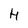
Character: H